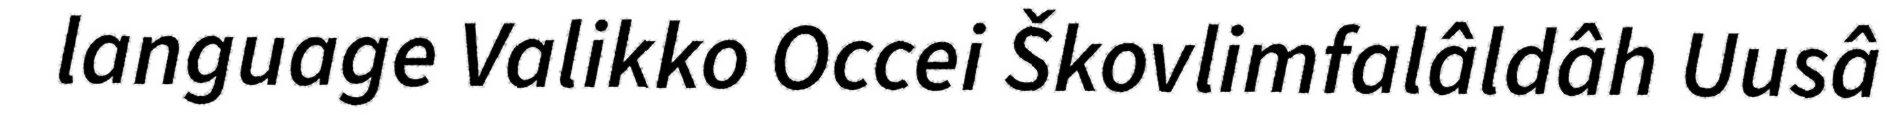
language Valikko Occei Škovlimfalâldâh Uusâ